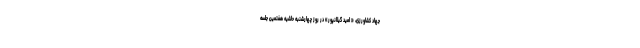
جهاد کشاورزی، « امید گیلانپور» در روز چهارشنبه حاشیه هفتمین جلسه